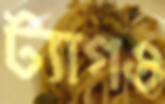
ট্যাগও